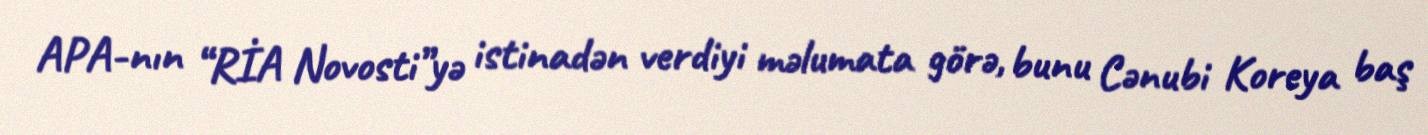
APA-nın “RİA Novosti”yə istinadən verdiyi məlumata görə, bunu Cənubi Koreya baş